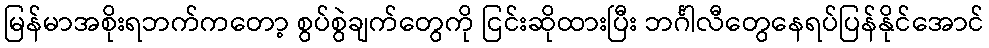
မြန်မာအစိုးရဘက်ကတော့ စွပ်စွဲချက်တွေကို ငြင်းဆိုထားပြီး ဘင်္ဂါလီတွေနေရပ်ပြန်နိုင်အောင်